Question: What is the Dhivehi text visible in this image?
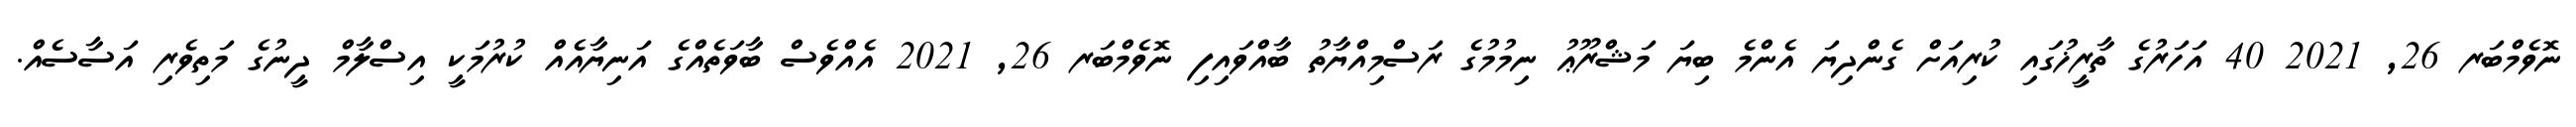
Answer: ނޮވެމްބަރ 26, 2021 40 އަހަރުގެ ތާރީޚުގައި ކުރިއަށް ގެންދިޔަ އެންމެ ބިޔަ މަޝްރޫޢު ނިމުމުގެ ރަސްމިއްޔާތު ބާއްވައިފި ނޮވެމްބަރ 26, 2021 އެއްވެސް ބާވަތެއްގެ އަނިޔާއެއް ކުރުމަކީ އިސްލާމް ދީނުގެ މަތިވެރި އަސާސެއް.